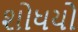
શોધયો